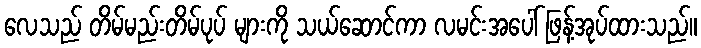
လေသည် တိမ်မည်းတိမ်ပုပ် များကို သယ်ဆောင်ကာ လမင်းအပေါ် ဖြန့်အုပ်ထားသည်။